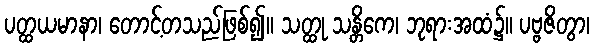
ပတ္ထယမာနာ၊ တောင့်တသည်ဖြစ်၍။ သတ္ထု သန္တိကေ၊ ဘုရားအထံ၌။ ပဗ္ဗဇိတွာ၊